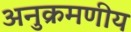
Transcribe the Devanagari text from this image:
अनुक्रमणीय